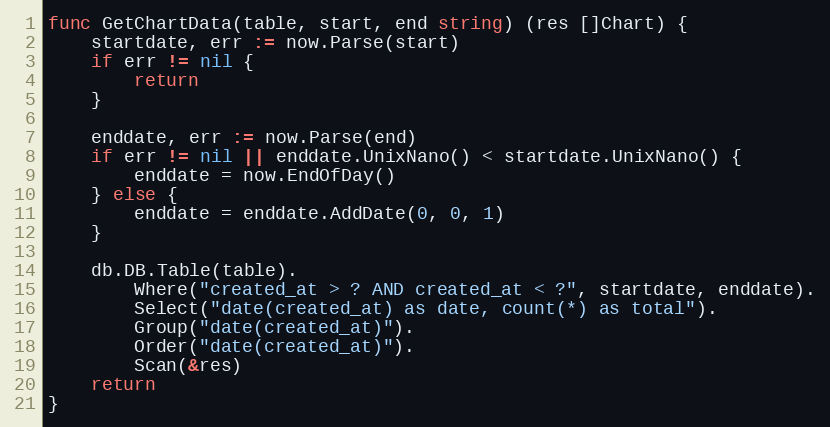
Language: Go
func GetChartData(table, start, end string) (res []Chart) {
	startdate, err := now.Parse(start)
	if err != nil {
		return
	}

	enddate, err := now.Parse(end)
	if err != nil || enddate.UnixNano() < startdate.UnixNano() {
		enddate = now.EndOfDay()
	} else {
		enddate = enddate.AddDate(0, 0, 1)
	}

	db.DB.Table(table).
		Where("created_at > ? AND created_at < ?", startdate, enddate).
		Select("date(created_at) as date, count(*) as total").
		Group("date(created_at)").
		Order("date(created_at)").
		Scan(&res)
	return
}